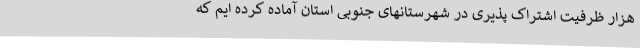
هزار ظرفیت اشتراک پذیری در شهرستانهای جنوبی استان آماده کرده ایم که